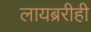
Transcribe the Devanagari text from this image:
लायब्ररीही